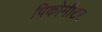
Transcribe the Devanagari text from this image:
पिकोमीटर